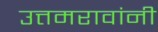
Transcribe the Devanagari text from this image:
उत्तमरावांनी